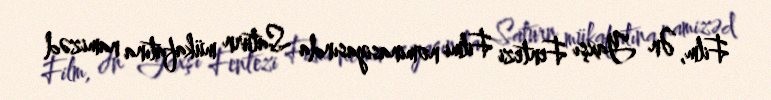
Film, Ən Yaxşı Fentezi Filmi nominasiyasında Saturn mükafatına namizəd